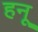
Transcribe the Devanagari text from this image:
हनू